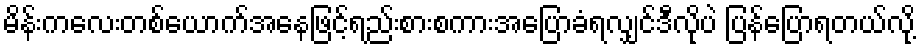
မိန်းကလေးတစ်ယောက်အနေဖြင့်ရည်းစားစကားအပြောခံရလျှင်ဒီလိုပဲ ပြန်ပြောရတယ်လို့